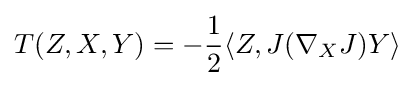
T(Z,X,Y)=-{\frac {1}{2}}\langle Z,J(\nabla _{X}J)Y\rangle